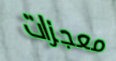
معجزات